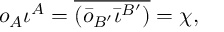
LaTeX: o _ { A } \iota ^ { A } = \overline { { { ( \bar { o } _ { B ^ { \prime } } \bar { \iota } ^ { B ^ { \prime } } ) } } } = \chi ,